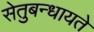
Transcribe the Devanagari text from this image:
सेतुबन्धायते